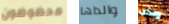
محظوظون والداها ولكن